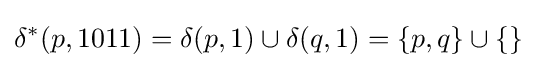
\delta ^{*}(p,1011)=\delta (p,1)\cup \delta (q,1)=\{p,q\}\cup \{\}